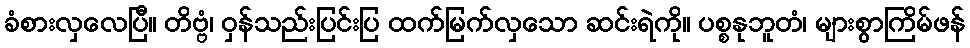
ခံစားလှလေပြီ။ တိဗ္ဗံ၊ ဝှန်သည်းပြင်းပြ ထက်မြက်လှသော ဆင်းရဲကို။ ပစ္စနုဘူတံ၊ များစွာကြိမ်ဖန်